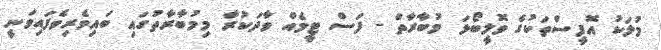
މުލަކު އޮފީސްތަކުގެ ވޮލީބޯޅަ މުބާރާތް - ފަސް ޓީމެއް ވާދަކުރާ މިމުބާރާތުގައި ބައިވެރިވެފައިވަނީ